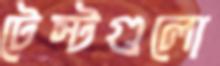
টেস্টগুলো